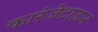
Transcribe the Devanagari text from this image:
कारंजेटाऊन